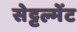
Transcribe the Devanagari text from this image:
सेट्टल्मेंट